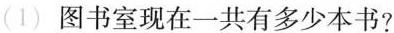
(1)图书室现在一共有多少本书?